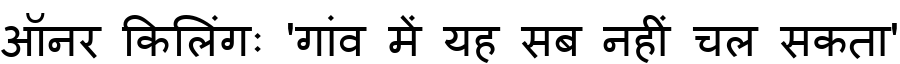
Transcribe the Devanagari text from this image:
ऑनर किलिंगः 'गांव में यह सब नहीं चल सकता'